Report of the Indian Hemp Drugs Commission, 1894-1895 - Volume III
Year: 1894
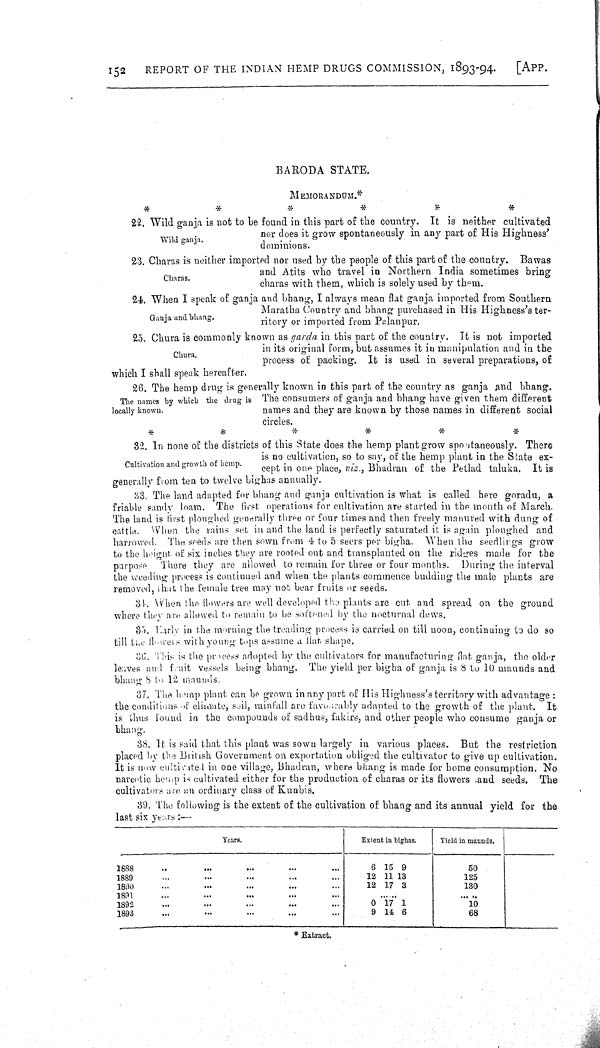
152
REPORT OF THE INDIAN HEMP DRUGS COMMISSION, 1893-94.
[APP.
BARODA STATE.
MEMORANDUM.*
Wild ganja.
22. Wild ganja is not to be found in this part of the country. It is neither cultivated
nor does it grow spontaneously in any part of His Highness'
dominions.
Charas.
23. Charas is neither imported nor used by the people of this part of the country. Bawas
and Atits who travel in Northern India sometimes bring
charas with them, which is solely used by them.
Ganja and bhang.
24. When I speak of ganja and bhang, I always mean flat ganja imported from Southern
Maratha Country and bhang purchased in His Highnesse's ter-
ritory or imported from Palanpur.
Chura.
25. Chura is commonly known as garda in this part of the country. It is not imported
in its original form, but assumes it in manipulation and in the
process of packing. It is used in several preparations, of
which I shall speak hereafter.
The names by which the drug is
locally known.
26. The hemp drug is generally known in this part of the country as ganja and bhang.
The consumers of ganja and bhang have given them different
names and they are known by those names in different social
circles.
Cultivation and growth of hemp.
32. In none of the districts of this State does the hemp plant grow spoutaneously. There
is no cultivation, so to say, of the hemp plant in the State ex-
cept in one place, viz., Bhadran of the Petlad taluka. It is
generally from ten to twelve bighas annually.
33. The land adapted for bhang and ganja cultivation is what is called here goradu, a
friable sandy loam. The first operations for cultivation are started in the month of March.
The land is first ploughed generally three or four times and then freely manured with dung of
cattle. When the rains set in and the land is perfectly saturated it is again ploughed and
harrowed. The seeds are then sown from 4 to 5 seers per bigha. When the seedlings grow
to the height of six inches they are rooted out and transplanted on the ridges made for the
purpose There they are allowed to remain for three or four months. During the interval
the weeding process is continued and when the plants commence budding the male plants are
removed, that the female tree may not bear fruits or seeds.
34. When the flowers are well developed the plants are cut and spread on the ground
where they are allowed to remain to be softened by the nocturnal dews.
35. Early in the morning the treading process is carried on till noon, continuing to do so
till the flowers with young tops assume a flat shape.
36. This is the process adopted by the cultivators for manufacturing flat ganja, the older
leaves and fruit vessels being bhang. The yield per bigha of ganja is 8 to 10 maunds and
bhang 8 to 12 maunds.
37. The hemp plant can be grown in any part of His Highness's territory with advantage:
the conditions of climate, soil, rainfall are favourably adapted to the growth of the plant. It
is thus found in the compounds of sadhus, fakirs, and other people who consume ganja or
bhang.
38. It is said that this plant was sown largely in various places. But the restriction
placed by the British Government on exportation obliged the cultivator to give up cultivation.
It is now cultivated in one village, Bhadran, where bhang is made for home consumption. No
narcotic hemp is cultivated either for the production of charas or its flowers and seeds. The
cultivators are an ordinary class of Kunbis.
39. The following is the extent of the cultivation of bhang and its annual yield for the
last six years:—
Years.
Extent in bighas.
Yield in maunds.
1888
6 15 9
60
1889
12 11 13
125
1890
12 17 3
130
1891
1892
0 17 1
10
1893
9 14 6
68
*Extract.